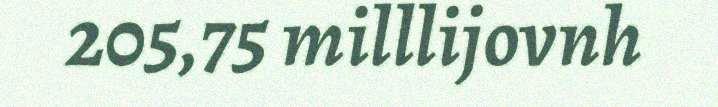
205,75 milllijovnh